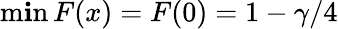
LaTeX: \operatorname*{m\mathbf{i}n}F(x)=F(0)=1-\gamma/4